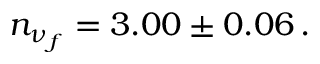
n _ { \nu _ { f } } = 3 . 0 0 \pm 0 . 0 6 \, .